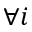
{ \forall i }